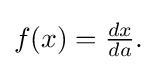
{\textstyle f(x)={\frac {dx}{da}}.}